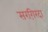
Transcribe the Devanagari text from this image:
सरग़िरदा